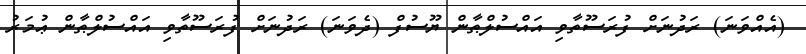
(އެއްވަނަ) ރަދުނަށް ފުރަސޫތާވި އައްސުލްޠާން ޔޫސުފް (ދެވަނަ) ރަދުނަށް ފުރަސޫތާވި އައްސުލްޠާން ޢުމަރު